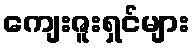
ကျေးဇူးရှင်များ